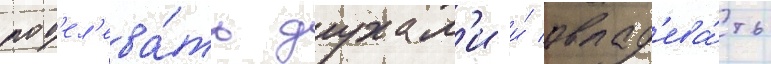
пов'ел'ева́ть духам'и и́ овлад'ева́ть